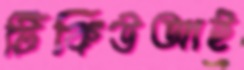
টিকিউআই